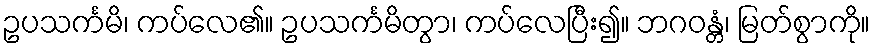
ဥပသင်္ကမိ၊ ကပ်လေ၏။ ဥပသင်္ကမိတွာ၊ ကပ်လေပြီး၍။ ဘဂဝန္တံ၊ မြတ်စွာကို။